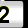
Digit: 2